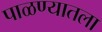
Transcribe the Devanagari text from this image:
पाळण्यातला